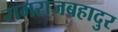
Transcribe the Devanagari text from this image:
रामराजबहादुर